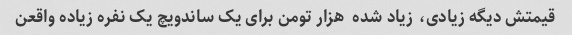
قیمتش دیگه زیادی، زیاد شده  هزار تومن برای یک ساندویچ یک نفره زیاده واقعن